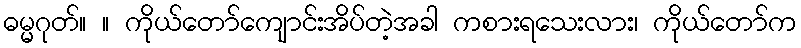
ဓမ္မဂုတ်။ ။ ကိုယ်တော်ကျောင်းအိပ်တဲ့အခါ ကစားရသေးလား၊ ကိုယ်တော်က